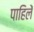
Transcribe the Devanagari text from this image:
पाहिलें